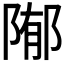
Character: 𱀢